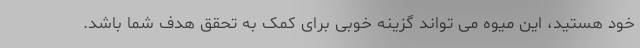
خود هستید، این میوه می تواند گزینه خوبی برای کمک به تحقق هدف شما باشد.